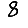
Digit: 8